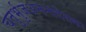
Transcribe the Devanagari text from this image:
चतुर्भुजअनन्तदेवका